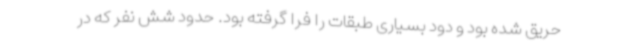
حریق شده بود و دود بسیاری طبقات را فرا گرفته بود. حدود شش نفر که در